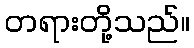
တရားတို့သည်။